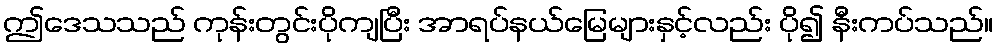
ဤဒေသသည် ကုန်းတွင်းပိုကျပြီး အာရပ်နယ်မြေများနှင့်လည်း ပို၍ နီးကပ်သည်။